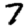
Digit: 7